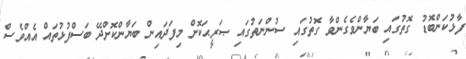
ފާޅުކަންބޮޑު ގޮތުގައި ބަޔާންވެގެންވާ ގޮތުގައި ސުންނަތުގައި ޞަރީޙަކޮށް މިފަދައިން ބަޔާންކޮށްދޭ ބަސްފުޅުތައް އެއްވެސް